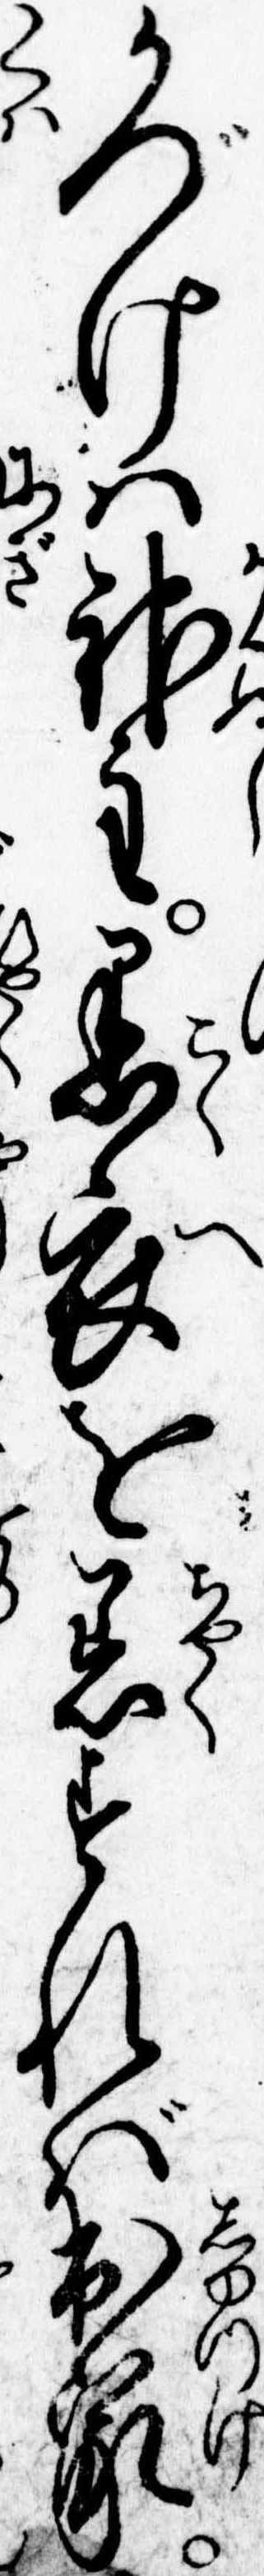
かづけは神主黒衣を着すれば出家